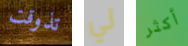
تذوقت لي أكثر